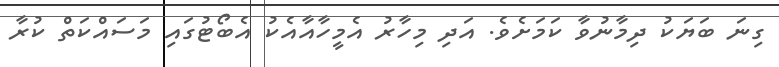
ގިނަ ބަޔަކު ދިމާނުވާ ކަމަށެެވެ. އަދި މިހާރު އެމީހާއާއެކު އެބޯޓުގައި މަސައްކަތް ކުރާ